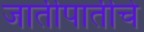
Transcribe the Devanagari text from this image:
जातीपातीचे